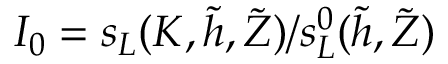
I _ { 0 } = s _ { L } ( K , \widetilde { h } , \widetilde { Z } ) / s _ { L } ^ { 0 } ( \widetilde { h } , \widetilde { Z } )